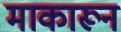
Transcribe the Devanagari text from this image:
माकारून